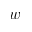
w